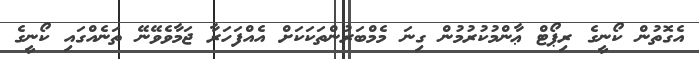
އެގޮތުން ކޯނީގެ ރިޕޯޓް ޢާންމުކުރުމުން ގިނަ މެމްބަރުންތަކަކަށް އެއްފަހަރާ ޖަމާވެވޭނޭ ތަނެއްގައި ކޯނީގެ